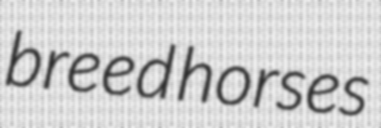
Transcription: breed horses